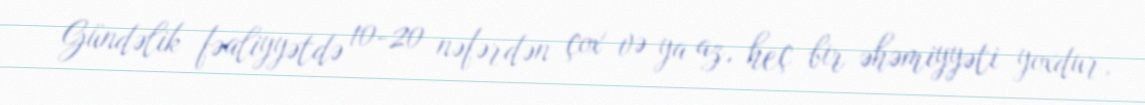
Gündəlik fəaliyyətdə 10-20 nəfərdən çox və ya az, heç bir əhəmiyyəti yoxdur,